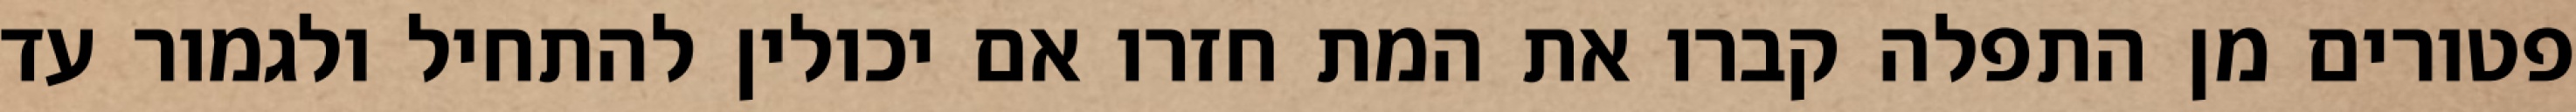
פטורים מן התפלה קברו את המת חזרו אם יכולין להתחיל ולגמור עד